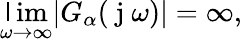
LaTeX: \operatorname*{\mathsf{l}im}_{\omega\to\infty}|G_{\alpha}(\mathrm{{~j~}}\omega)|=\infty,